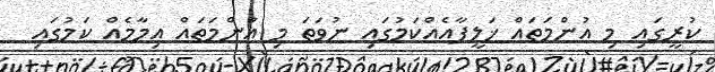
ކުރީގައި މި އުންމަތައް ޚަލީފާއެއްކަމުގައި ނުވަތަ މި އުންމަތައް އިމާމެއް ކަމުގައި